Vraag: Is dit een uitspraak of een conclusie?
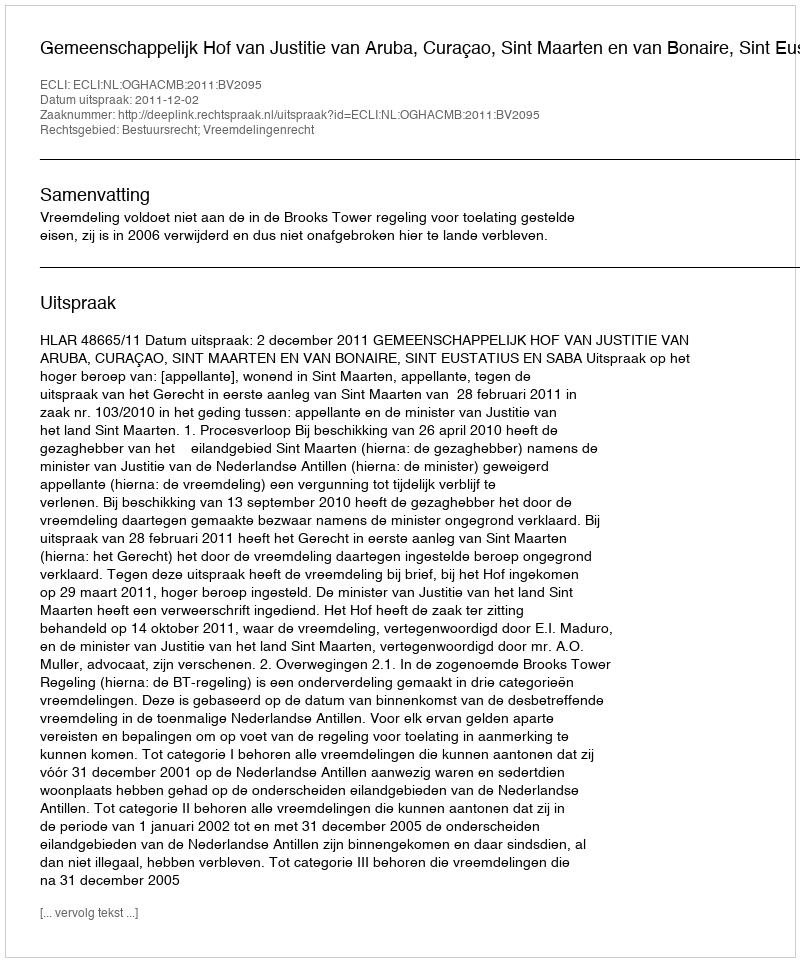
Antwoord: Uitspraak